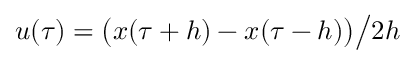
u ( \tau ) = \bigl ( x ( \tau + h ) - x ( \tau - h ) \bigr ) \big / 2 h